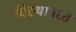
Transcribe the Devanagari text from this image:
विस्थापरत